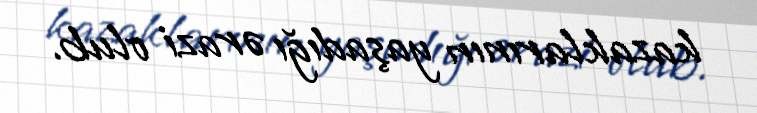
kazaklarının yaşadığı ərazi olub.